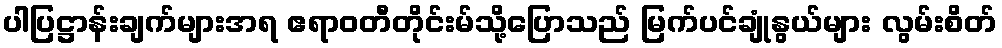
ပါပြဋ္ဌာန်းချက်များအရ ဧရာဝတီတိုင်းမ်သို့ပြောသည် မြက်ပင်ချုံနွယ်များ လွမ်းစိတ်